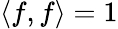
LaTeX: \langle f,f\rangle=1